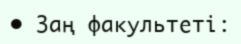
• Заң факультеті: